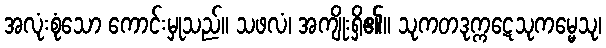
အလုံးစုံသော ကောင်းမှုသည်။ သဖလံ၊ အကျိုးရှိ၏။ သုကတဒုက္ကဋေသုကမ္မေသု၊